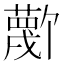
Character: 𫉼